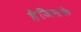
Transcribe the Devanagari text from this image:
हैजिसके